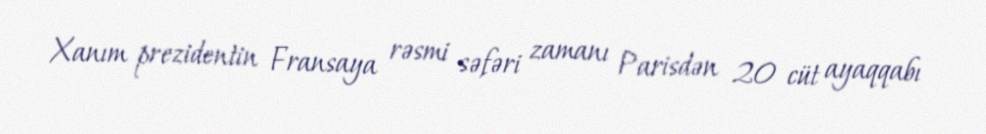
Xanım prezidentin Fransaya rəsmi səfəri zamanı Parisdən 20 cüt ayaqqabı